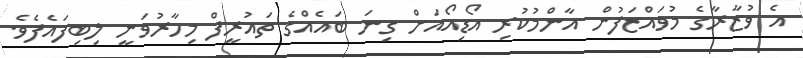
އެ ވުޒާރާގެ މުވައްޒަފުން އާންމުކުރި އޯޑިއޯއަށް ގިނަ ބައެެއްގެ ތައުރީފް މިހާރުވަނީ ލިބިފައެފެވެ.